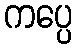
ကပ္ပေ